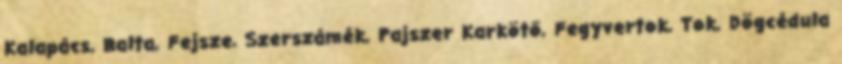
Kalapács, Balta, Fejsze, Szerszámék, Pajszer Karkötő, Fegyvertok, Tok, Dögcédula